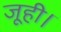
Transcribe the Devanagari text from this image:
जूही।